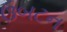
ઉબટન